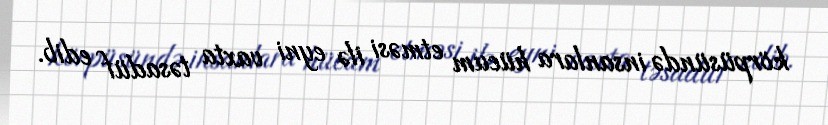
körpüsündə insanlara hücum etməsi ilə eyni vaxta təsadüf edib.